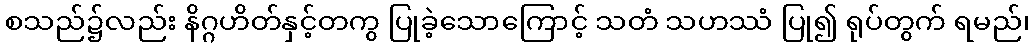
စသည်၌လည်း နိဂ္ဂဟိတ်နှင့်တကွ ပြုခဲ့သောကြောင့် သတံ သဟဿံ ပြု၍ ရုပ်တွက် ရမည်၊